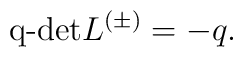
\hbox{\rm q-det}L^{(\pm)}= -q.